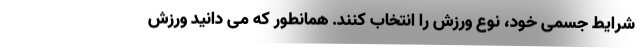
شرایط جسمی خود، نوع ورزش را انتخاب کنند. همانطور که می دانید ورزش